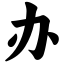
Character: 办